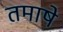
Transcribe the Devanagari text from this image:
तमाषे